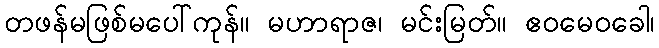
တဖန်မဖြစ်မပေါ်ကုန်။ မဟာရာဇ၊ မင်းမြတ်။ ဧဝမေဝခေါ၊